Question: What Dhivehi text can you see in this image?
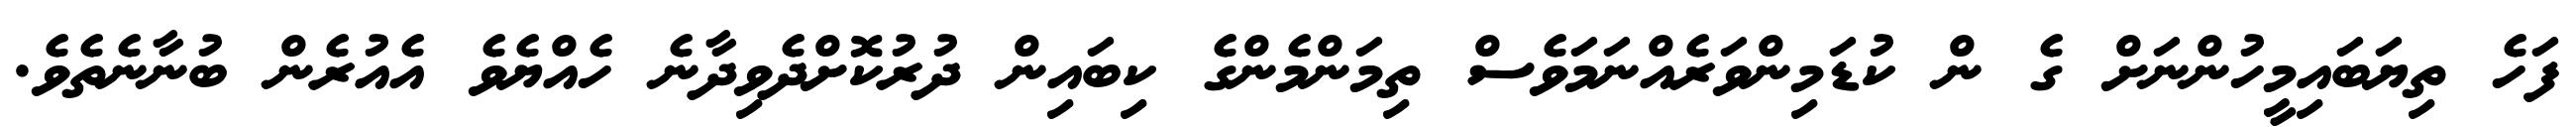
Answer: ފަހެ ތިޔަބައިމީހުންނަށް ގެ ން ކުޑަމިންވަރެއްނަމަވެސް ތިމަންމެންގެ ކިބައިން ދުރުކޮށްދެވިދާނެ ހެއްޔެވެ އެއުރެން ބުނާނެތެވެ.